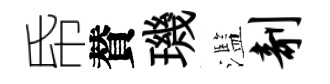
帋賛璣濫剞